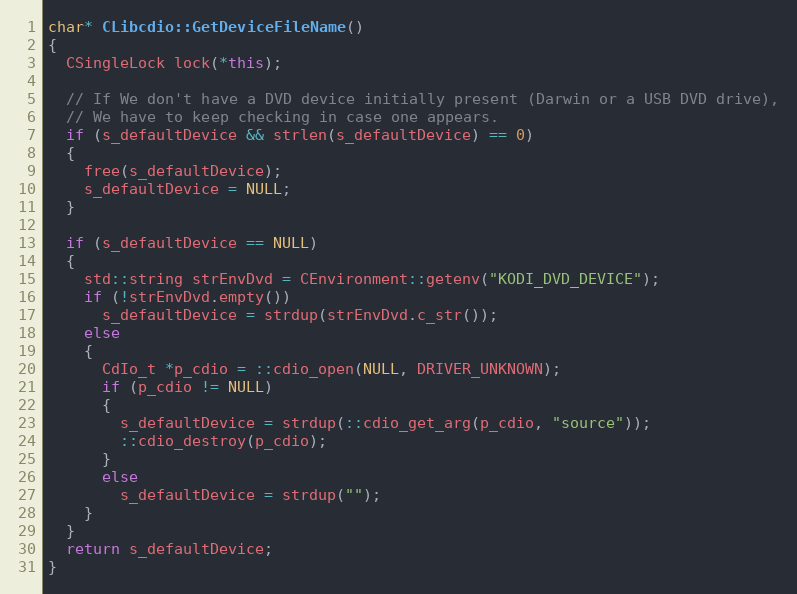
Language: C++
char* CLibcdio::GetDeviceFileName()
{
  CSingleLock lock(*this);

  // If We don't have a DVD device initially present (Darwin or a USB DVD drive),
  // We have to keep checking in case one appears.
  if (s_defaultDevice && strlen(s_defaultDevice) == 0)
  {
    free(s_defaultDevice);
    s_defaultDevice = NULL;
  }

  if (s_defaultDevice == NULL)
  {
    std::string strEnvDvd = CEnvironment::getenv("KODI_DVD_DEVICE");
    if (!strEnvDvd.empty())
      s_defaultDevice = strdup(strEnvDvd.c_str());
    else
    {
      CdIo_t *p_cdio = ::cdio_open(NULL, DRIVER_UNKNOWN);
      if (p_cdio != NULL)
      {
        s_defaultDevice = strdup(::cdio_get_arg(p_cdio, "source"));
        ::cdio_destroy(p_cdio);
      }
      else
        s_defaultDevice = strdup("");
    }
  }
  return s_defaultDevice;
}